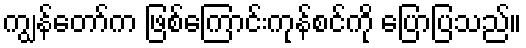
ကျွန်တော်က ဖြစ်ကြောင်းကုန်စင်ကို ပြောပြသည်။